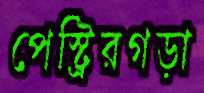
পেস্ট্রিরগড়া